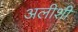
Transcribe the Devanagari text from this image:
अलीशी